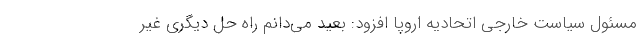
مسئول سیاست خارجی اتحادیه اروپا افزود: بعید می‌دانم راه حل دیگری غیر